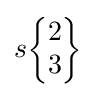
s{\begin{Bmatrix}2\\3\end{Bmatrix}}